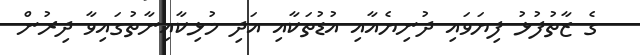
ގެ ޒާތުފުޅު ފިޔަވައި ދުނިޔެއާއި އުޑުތަކާއި އަދި މުޅިކާއިނާތުގައިވާ ދިރުން